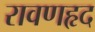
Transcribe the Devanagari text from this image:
रावणहृद